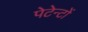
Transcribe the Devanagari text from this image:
पेटेन्टों